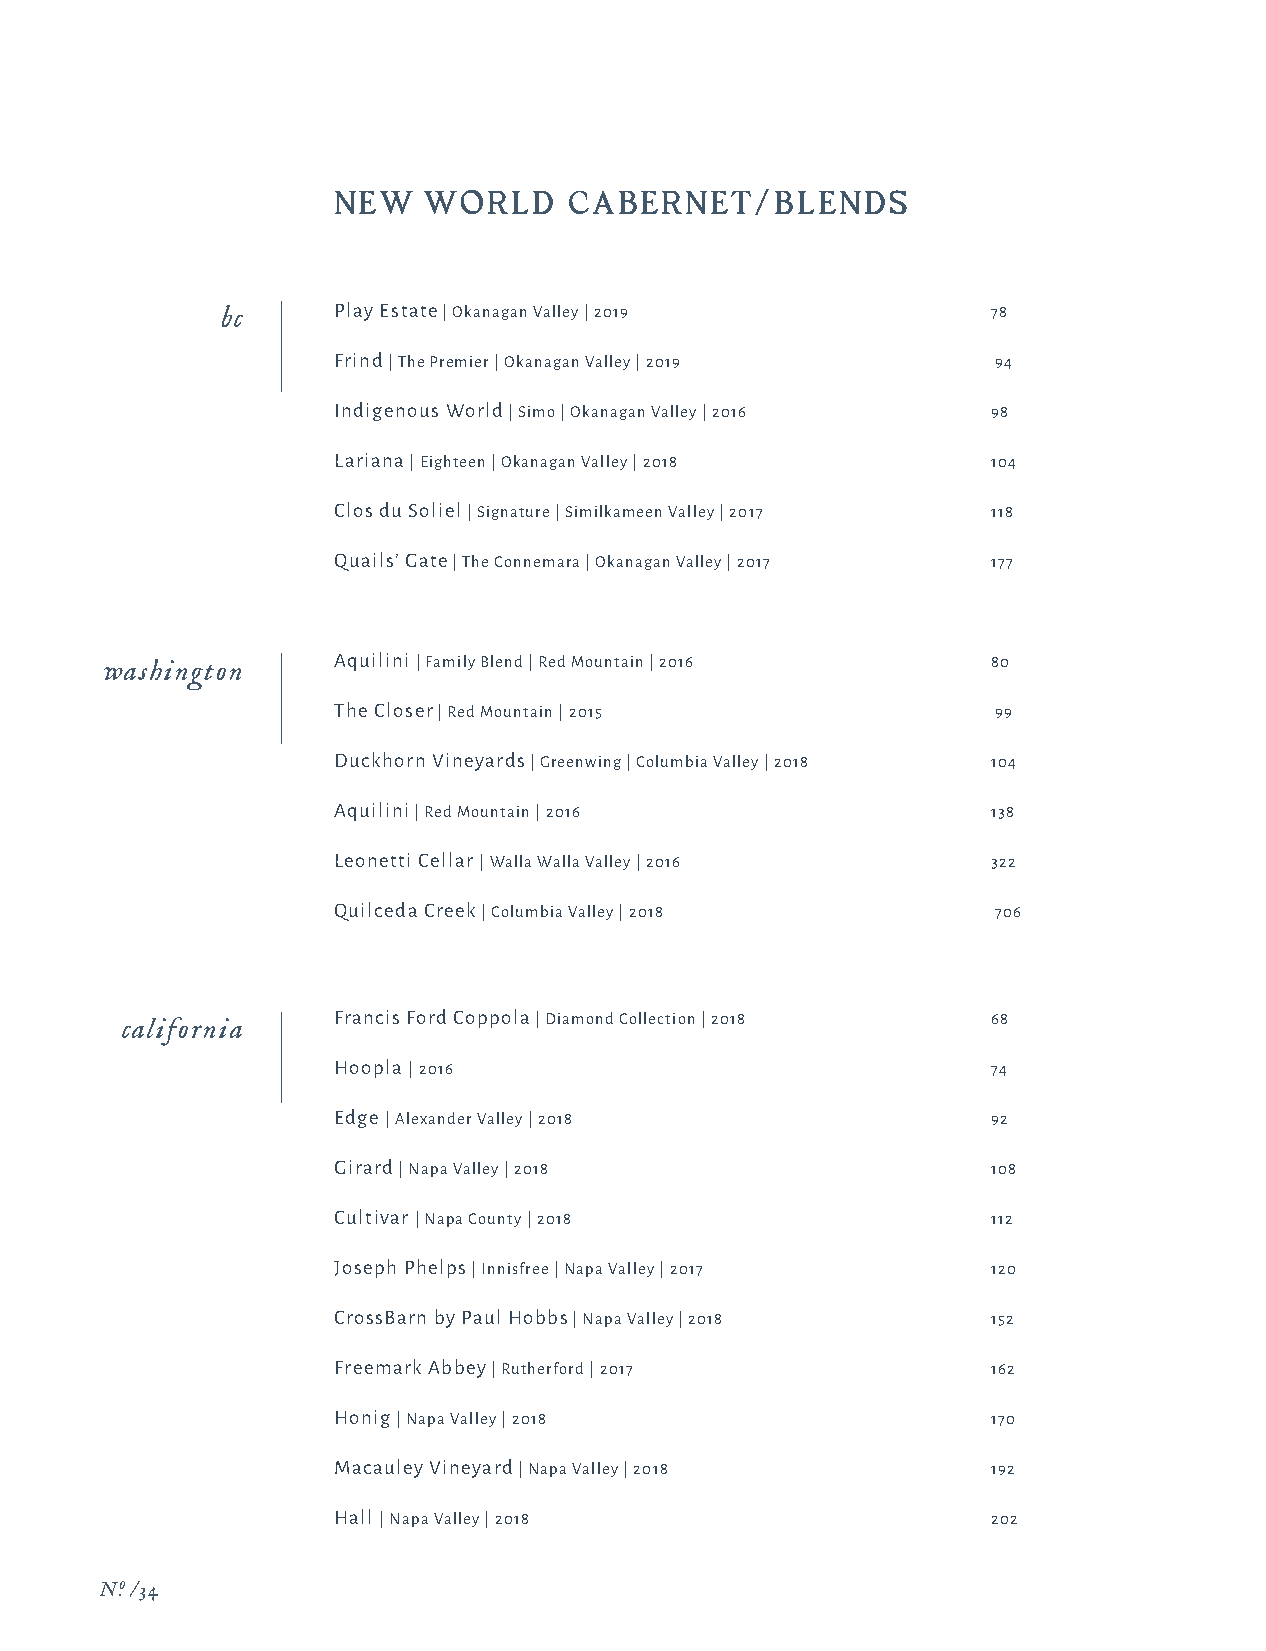
NEW   WORLD     CABERNET/BLENDS
 bc     Play Estate | Okanagan Valley | 2019        78
 Frind | The Premier | Okanagan Valley | 2019 94
 Indigenous World | Simo | Okanagan Valley | 2016 98
 Lariana | Eighteen | Okanagan Valley | 2018 104
 Clos du Soliel | Signature | Similkameen Valley | 2017 118
 Quails’ Gate | The Connemara | Okanagan Valley | 2017 177
 washington     Aquilini | Family Blend | Red Mountain | 2016 80
 The Closer | Red Mountain | 2015            99
 Duckhorn Vineyards | Greenwing | Columbia Valley | 2018 104
 Aquilini | Red Mountain | 2016              138
 Leonetti Cellar | Walla Walla Valley | 2016 322
 Quilceda Creek | Columbia Valley | 2018     706
 Francis Ford Coppola | Diamond Collection | 2018 68
 california
 Hoopla | 2016                               74
 Edge | Alexander Valley | 2018              92
 Girard | Napa Valley | 2018                 108
 Cultivar | Napa County | 2018               112
 Joseph Phelps | Innisfree | Napa Valley | 2017 120
 CrossBarn by Paul Hobbs | Napa Valley | 2018 152
 Freemark Abbey | Rutherford | 2017          162
 Honig | Napa Valley | 2018                  170
 Macauley Vineyard | Napa Valley | 2018      192
 Hall | Napa Valley | 2018                   202
 N.o /34